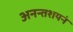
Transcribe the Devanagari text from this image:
अनन्तशयनं